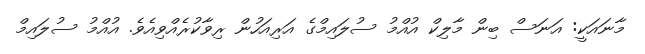
މާނައަކީ: އަނަސް ބިން މާލިކް އުއްމު ސުލައިމްގެ އަރިއަހުން ރިވާކުރެއްވިއެވެ. އުއްމު ސުލައިމް